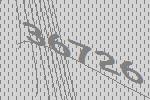
36726